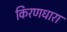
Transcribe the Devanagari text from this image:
किरणधारा